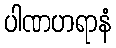
ပါဏဟရာနံ